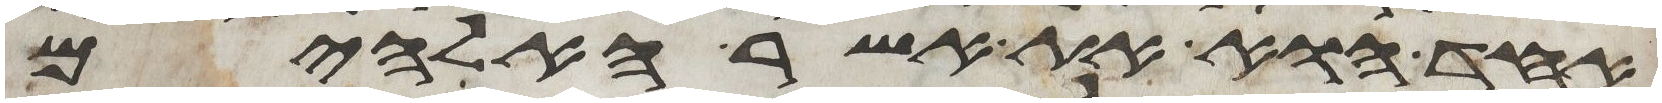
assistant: אחד הוא את אשר האלהים